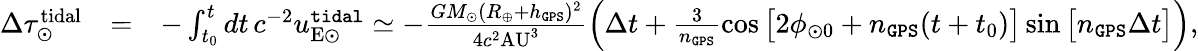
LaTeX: \begin{array}{rlr}{\Delta\tau_{\odot}^{\mathrm{tidal}}}&{=}&{-\int_{t_{0}}^{t}dt\, c^{-2}u_{\mathrm{E\odot}}^{\tt tidal}\simeq-\frac{GM_{\odot}(R_{\oplus}+h_{\tt GPS})^{2}}{4c^{2}\mathrm{AU}^{3}}\Big(\Delta t+\frac{3}{n_{\tt GPS}}\cos\big[2\phi_{\odot 0}+n_{\tt GPS}(t+t_{0})\big]\sin\big[n_{\tt GPS}\Delta t\big]\Big),}\end{array}